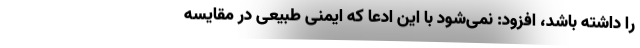
را داشته باشد، افزود: نمی‌شود با این ادعا که ایمنی طبیعی در مقایسه